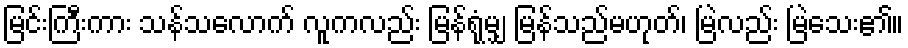
မြင်းကြီးကား သန်သလောက် လူကလည်း မြန်ရုံမျှ မြန်သည်မဟုတ်၊ မြဲလည်း မြဲသေး၏။